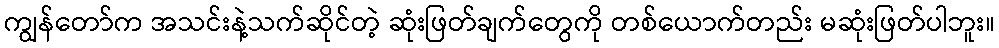
ကျွန်တော်က အသင်းနဲ့သက်ဆိုင်တဲ့ ဆုံးဖြတ်ချက်တွေကို တစ်ယောက်တည်း မဆုံးဖြတ်ပါဘူး။